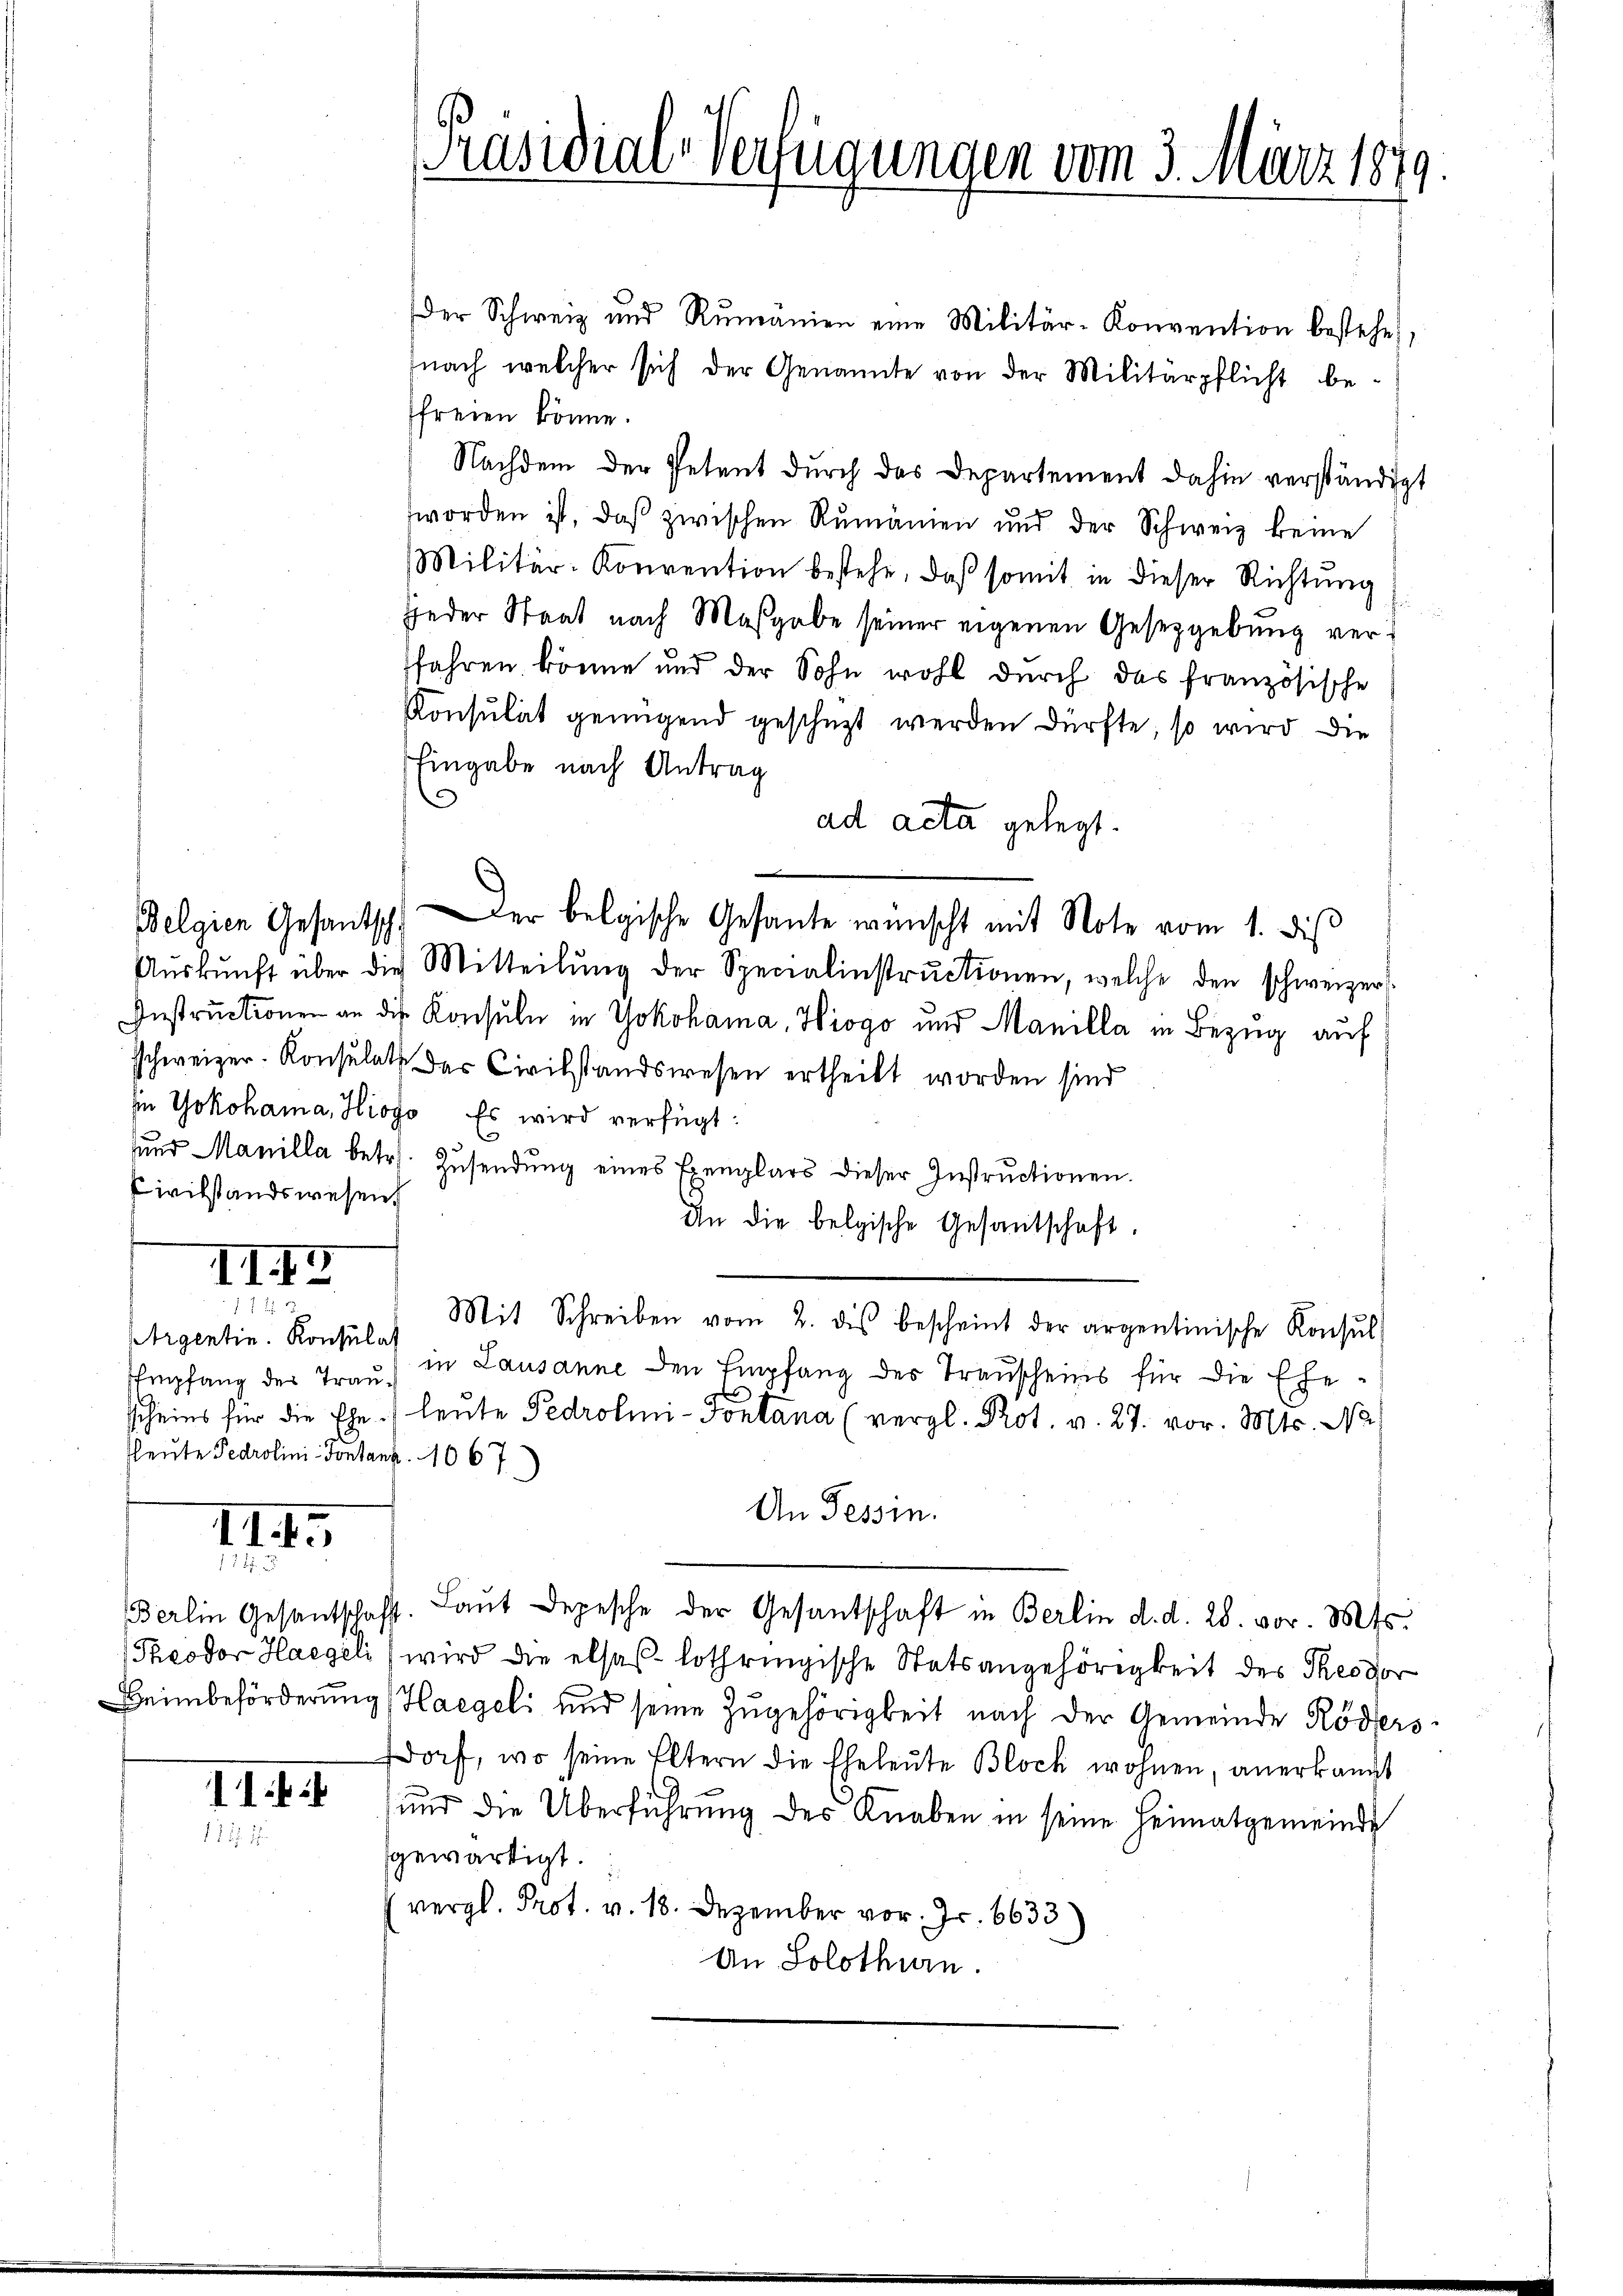
Civilstandswesen.

Belgien Gesantsch

IIII
e

Argentin. Konsulat
Empfang des Trau¬

III.
1187.

112

der Schweiz und Rumänien eine Militär-Konvention bestehen,
nach welcher sich der Genannte von der Militärpflicht besfreien könne.
Nachdem der Petent durch das Departement dahin verständigt
worden ist, daβ zwischen Rumänien und der Schweiz keine
Militär-Konvention bestehe, daß somit in dieser Richtung
jjeder Staat nach Maßgabe seiner eigenen Gesetzgebung verfahren könne und der Sohn wohl durch das französische
Konsulat genügend geschüzt werden dürfte, so wird die
Eingabe nach Antrag
c
ad acta gelegt.
er belgische Gesante wünscht mit Note vom 1. di
Aŭskŭnft über die Mitteilŭng der Specialinstructionen, welche den schweizer
Instructionen an die Konsuln in Yokohama, Hiogo und Manilla in Bezug auf
schweizer. Konsulat der Civilstandswesen ertheilt worden sind
iin Yokohama, Hioso Es wird verfügt:
sund Manilla betr. Zŭsendŭng eines Exemplars dieser Instructionen.
An die belgische Gesantschaft.
Mit Schreiben vom 2. des bescheint der argentinische Konsul
in Lausanne den Empfang des Trauscheins für die Ehes
scheins für die Eheleute Pedrolini- Fontana (vergl. Prot. v. 27. vor. Mts. Na
fleute Pedrolini Pontanz. 1067
An Tessin.
Berlin Gesantschaft. Laŭt Depesche der Gesantschaft in Berlin d. d. 28. vor. Mts.
Theodor Haegeli wird die elsas lothringische Statsangehörigkeit des Theodor
Beimbeförderung (Haegeli und seine Zugehörigkeit nach der Gemeinde Röders
dorf, wo seine Eltern die Eheleute Bloch wohnen, anerkannt
114 und die Überführung des Knaben in seine Heimatgemeinde
gewärtigt.
vergl. Prot. v. 18. Dezember vor. Fr. 6633
An Solothurn.

Präsidial-Verfügungen vom 3. März 1879.